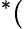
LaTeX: ^*(